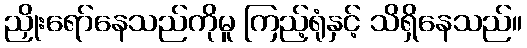
ညှိုးရော်နေသည်ကိုမူ ကြည့်ရုံနှင့် သိရှိနေသည်။